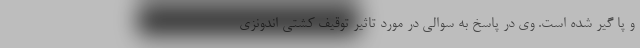
و پا گیر شده است. وی در پاسخ به سوالی در مورد تاثیر توقیف کشتی اندونزی